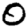
Digit: 0